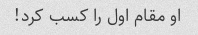
او مقام اول را کسب کرد!